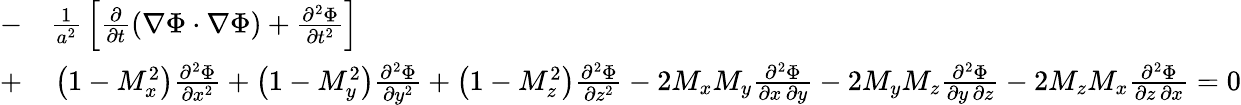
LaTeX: \begin{array}{rl}{-}&{{}{\frac{1}{a^{2}}}\left[{\frac{\partial}{\partial t}}(\nabla\Phi\cdot\nabla\Phi)+{\frac{\partial^{2}\Phi}{\partial t^{2}}}\right]}\\ {+}&{{}\left(1-M_{x}^{2}\right){\frac{\partial^{2}\Phi}{\partial x^{2}}}+\left(1-M_{y}^{2}\right){\frac{\partial^{2}\Phi}{\partial y^{2}}}+\left(1-M_{z}^{2}\right){\frac{\partial^{2}\Phi}{\partial z^{2}}}-2M_{x}M_{y}{\frac{\partial^{2}\Phi}{\partial x\, \partial y}}-2M_{y}M_{z}{\frac{\partial^{2}\Phi}{\partial y\, \partial z}}-2M_{z}M_{x}{\frac{\partial^{2}\Phi}{\partial z\, \partial x}}=0}\end{array}